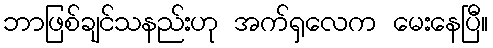
ဘာဖြစ်ချင်သနည်းဟု အက်ရှလေက မေးနေပြီ။